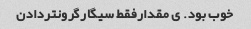
خوب بود. ی مقدارفقط سیگارگرونتردادن